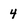
Character: 4